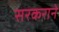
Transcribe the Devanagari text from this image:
सरकराने